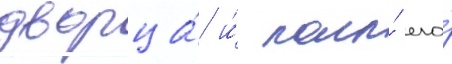
дворца́ и́ полы́ его́